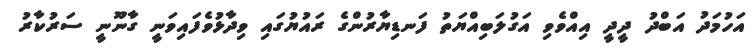
އަހުމަދު އަބްދު ދީދީ އިއްވެވި އަގުލަބިއްޔަތު ފަނޑިޔާރުންގެ ރައުޔުގައި ވިދާޅުވެފައިވަނީ ގާނޫނީ ސަރުކާރު